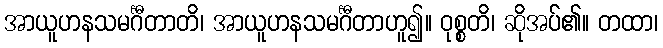
အာယူဟနသမင်္ဂီတာတိ၊ အာယူဟနသမင်္ဂီတာဟူ၍။ ဝုစ္စတိ၊ ဆိုအပ်၏။ တထာ၊